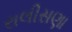
રાલીસણા